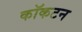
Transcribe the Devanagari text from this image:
कॉकटन